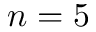
n = 5